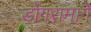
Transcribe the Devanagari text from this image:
डोंगरामागे